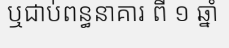
ឬជាប់ពន្ធនាគារ ពី ១ ឆ្នាំ